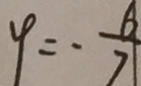
y = - \frac { 6 } { 7 }